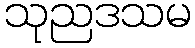
သုညဒသမ